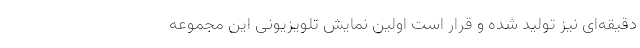
دقیقه‌ای نیز تولید شده و قرار است اولین نمایشِ تلویزیونی این مجموعه